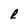
Character: R